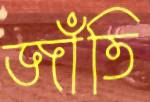
জাঁতি